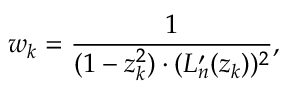
w _ { k } = \frac { 1 } { ( 1 - z _ { k } ^ { 2 } ) \cdot ( L _ { n } ^ { \prime } ( z _ { k } ) ) ^ { 2 } } ,